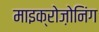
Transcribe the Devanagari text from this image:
माइक्रोज़ोनिंग